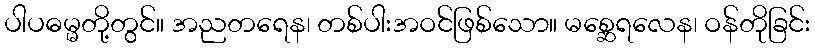
ပါပဓမ္မတို့တွင်။ အညတရေန၊ တစ်ပါးအဝင်ဖြစ်သော။ မစ္ဆေရလေန၊ ဝန်တိုခြင်း